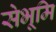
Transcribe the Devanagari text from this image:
सेभूमि